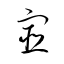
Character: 宦